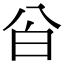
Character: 㒶